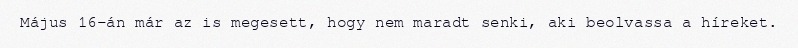
Május 16-án már az is megesett, hogy nem maradt senki, aki beolvassa a híreket.